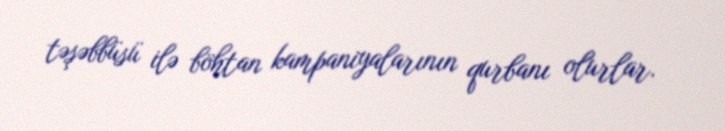
təşəbbüsü ilə böhtan kampaniyalarının qurbanı olurlar.